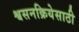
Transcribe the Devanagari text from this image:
श्वसनक्रियेसाठी